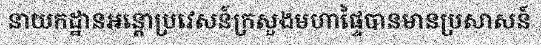
នាយកដ្ឋានអន្តោប្រវេសន៍ក្រសួងមហាផ្ទៃបានមានប្រសាសន៍